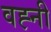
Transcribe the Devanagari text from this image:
वह्नी